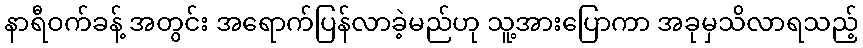
နာရီဝက်ခန့် အတွင်း အရောက်ပြန်လာခဲ့မည်ဟု သူ့အားပြောကာ အခုမှသိလာရသည့်